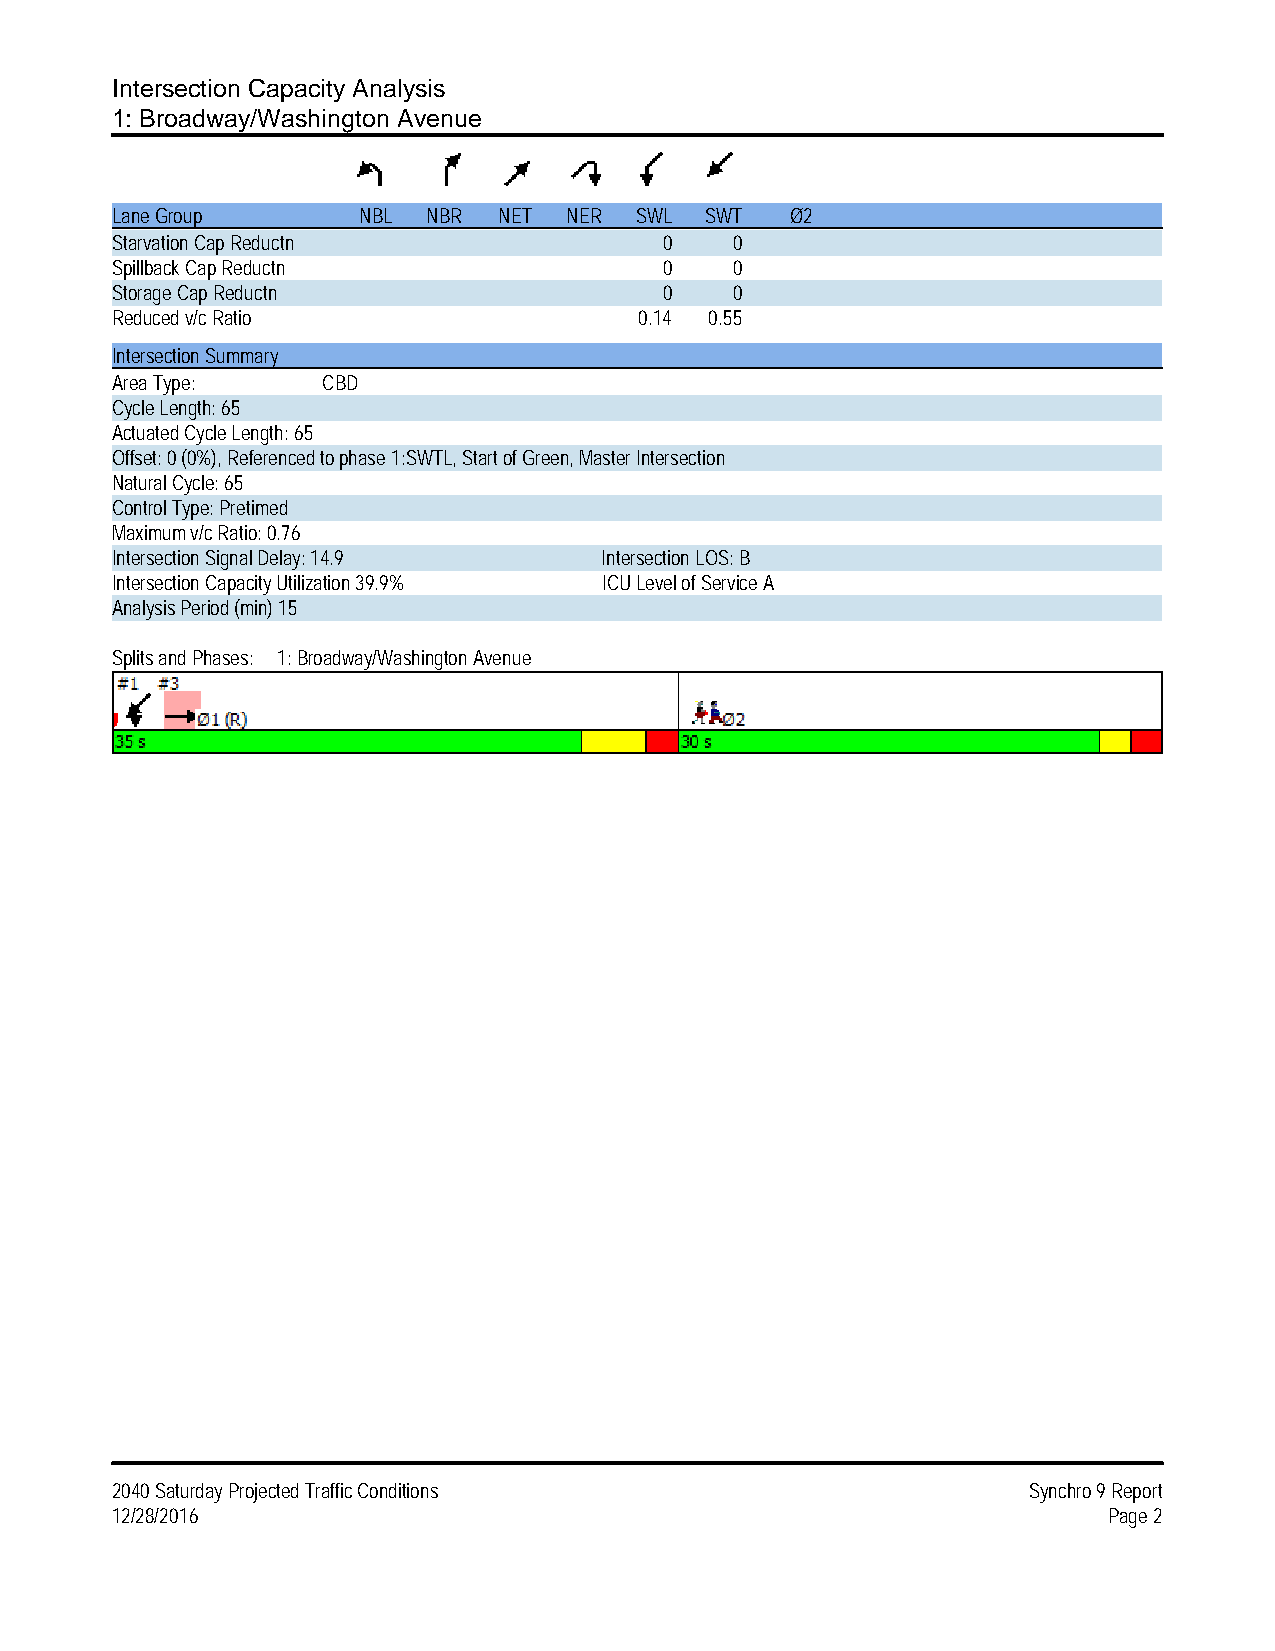
Intersection Capacity Analysis
 1: Broadway/Washington Avenue
 Lane Group       NBL NBR  NET NER  SWL  SWT  Ø2
 Starvation Cap Reductn               0    0
 Spillback Cap Reductn                0    0
 Storage Cap Reductn                  0    0
 Reduced v/c Ratio                  0.14 0.55
 Intersection Summary
 Area Type:    CBD
 Cycle Length: 65
 Actuated Cycle Length: 65
 Offset: 0 (0%), Referenced to phase 1:SWTL, Start of Green, Master Intersection
 Natural Cycle: 65
 Control Type: Pretimed
 Maximum v/c Ratio: 0.76
 Intersection Signal Delay: 14.9  Intersection LOS: B
 Intersection Capacity Utilization 39.9% ICU Level of Service A
 Analysis Period (min) 15
 Splits and Phases: 1: Broadway/Washington Avenue
 2040 Saturday Projected Traffic Conditions                   Synchro 9 Report
 12/28/2016                                                        Page 2